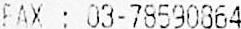
FAX : 03-78590864